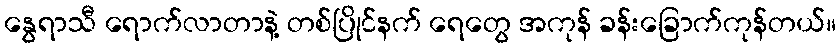
နွေရာသီ ရောက်လာတာနဲ့ တစ်ပြိုင်နက် ရေတွေ အကုန် ခန်းခြောက်ကုန်တယ်။